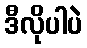
ဒီလိုပါပဲ